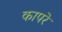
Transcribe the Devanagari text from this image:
कापरे